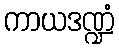
ကာယဒဏ္ဍံ